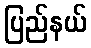
ပြည်နယ်